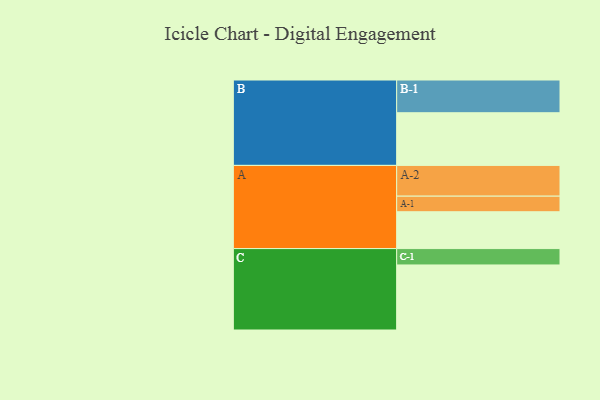
{"axis": {"x": "Segment", "y": "Value"}, "legend": ["", "A", "B", "C"], "data": [{"x": "A", "y": 333, "type": ""}, {"x": "B", "y": 476, "type": ""}, {"x": "C", "y": 588, "type": ""}, {"x": "A-1", "y": 141, "type": "A"}, {"x": "A-2", "y": 278, "type": "A"}, {"x": "B-1", "y": 296, "type": "B"}, {"x": "C-1", "y": 148, "type": "C"}]}